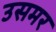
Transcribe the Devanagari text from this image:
उसमर